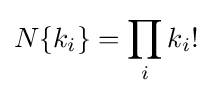
N\{k_{i}\}=\prod _{i}k_{i}!